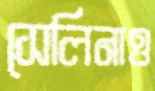
সেলিনাও